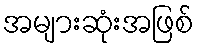
အများဆုံးအဖြစ်